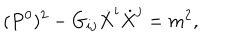
( P ^ { 0 } ) ^ { 2 } - G _ { i j } \dot { X } ^ { i } \dot { X } ^ { j } = m ^ { 2 } ,